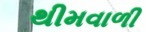
થીમવાળી